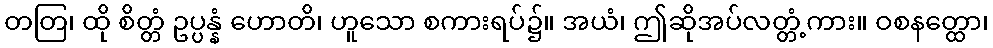
တတြ၊ ထို စိတ္တံ ဥပ္ပန္နံ ဟောတိ၊ ဟူသော စကားရပ်၌။ အယံ၊ ဤဆိုအပ်လတ္တံ့ကား။ ဝစနတ္ထော၊